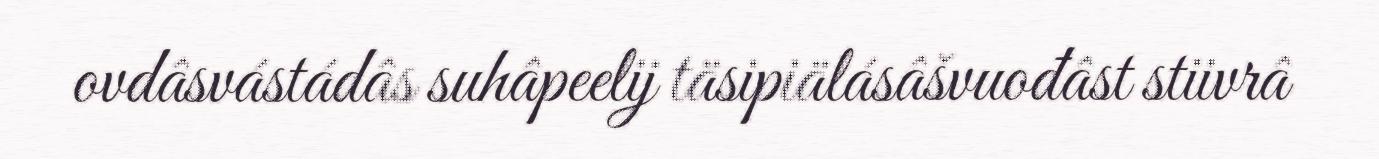
ovdâsvástádâs suhâpeelij täsipiälásâšvuođâst stiivrâ